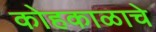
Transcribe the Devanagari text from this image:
कोहकाळाचे